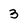
Character: 3